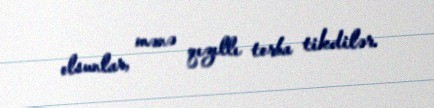
olsunlar, mənə qızıllı torba tikdilər.